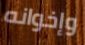
وإخوانه